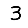
Digit: 3